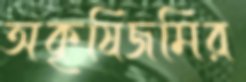
অকৃষিজমির